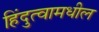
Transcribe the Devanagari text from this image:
हिंदुत्वामधील